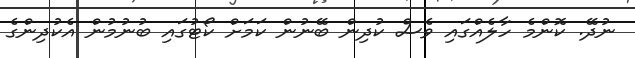
ނުދޭ. ކޮންމެ ހާލެއްގައި ވެސް ކުދިން ބޭނުން ކަމަށް ކޯޓުގައި ބުނުމުން އެކުދިންގެ